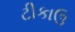
ટીકાઉ